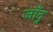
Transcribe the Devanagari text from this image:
जाँदु